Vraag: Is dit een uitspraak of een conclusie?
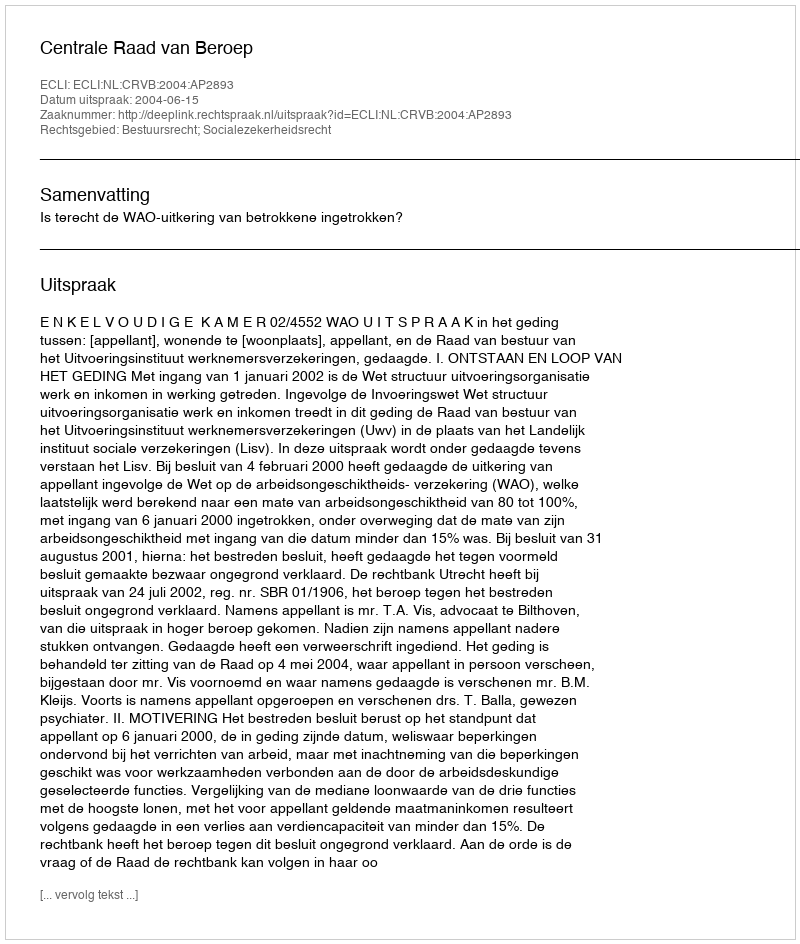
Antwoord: Uitspraak